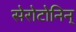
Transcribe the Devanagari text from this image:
सेरोटोनिन्